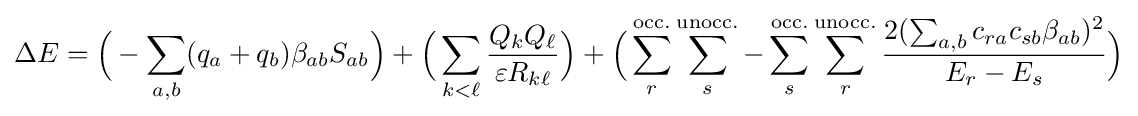
\Delta E={\Big (}-\sum _{a,b}(q_{a}+q_{b})\beta _{ab}S_{ab}{\Big )}+{\Big (}\sum _{k<\ell }{\frac {Q_{k}Q_{\ell }}{\varepsilon R_{k\ell }}}{\Big )}+{\Big (}\sum _{r}^{\mathrm {occ.} }\sum _{s}^{\mathrm {unocc.} }-\sum _{s}^{\mathrm {occ.} }\sum _{r}^{\mathrm {unocc.} }{\frac {2(\sum _{a,b}c_{ra}c_{sb}\beta _{ab})^{2}}{E_{r}-E_{s}}}{\Big )}